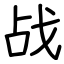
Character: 战